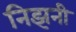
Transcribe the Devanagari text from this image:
निझनी